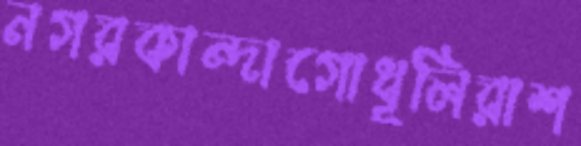
নগরকান্দাগোধূলিরাশ